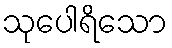
သုပေါရိသော